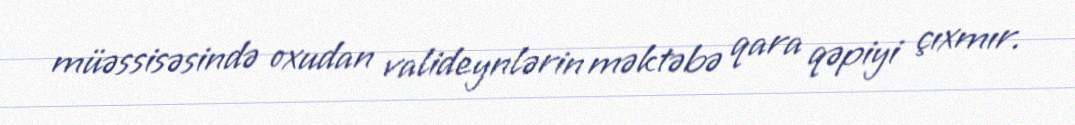
müəssisəsində oxudan valideynlərin məktəbə qara qəpiyi çıxmır.